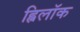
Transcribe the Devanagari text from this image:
ह्विलॉक